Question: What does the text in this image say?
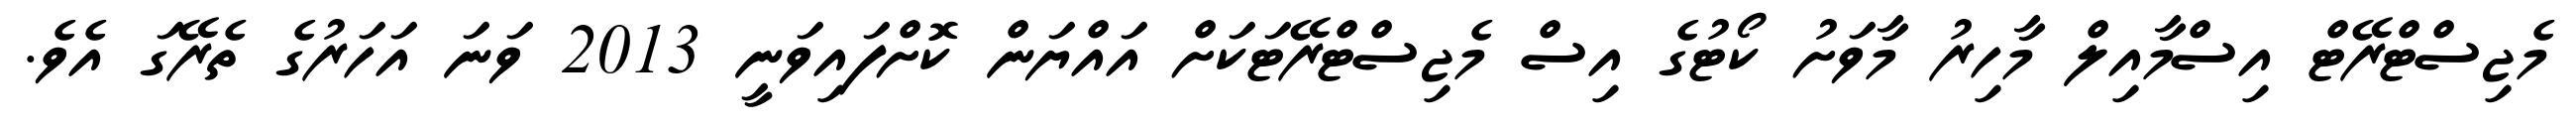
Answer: މެޖިސްޓްރޭޓް އިސްމާއިލް މާހިރު މާވަށު ކޯޓުގެ އިސް މެޖިސްޓްރޭޓަކަށް އައްޔަން ކޮށްފައިވަނީ 2013 ވަނަ އަހަރުގެ ތެރޭގަ އެވެ.